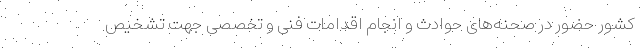
کشور حضور در صحنه‌های حوادث و انجام اقدامات فنی و تخصصی جهت تشخیص